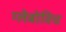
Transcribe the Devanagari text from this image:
ग्लेबोविच